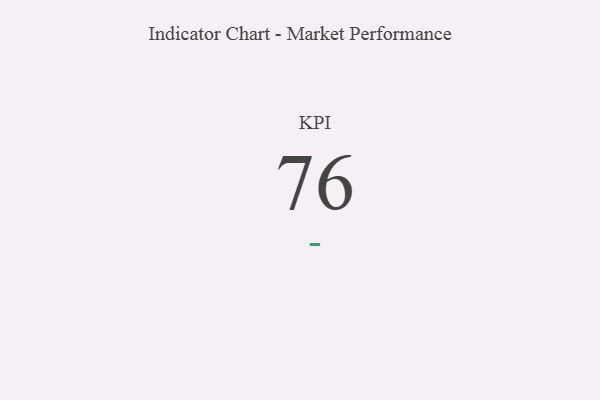
{"axis": {"x": "KPI", "y": "Value"}, "legend": [""], "data": [{"x": "KPI", "y": 76, "type": ""}]}